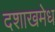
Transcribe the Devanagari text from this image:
दशाखमेध